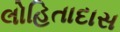
લોહિતાદાસ